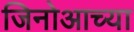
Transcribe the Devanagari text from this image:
जिनोआच्या